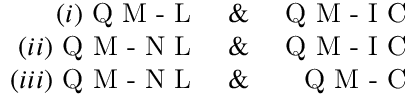
\begin{array} { r l r } { ( i ) \textrm { Q M - L } } & { { } \& } & { \textrm { Q M - I C } } \\ { ( i i ) \textrm { Q M - N L } } & { { } \& } & { \textrm { Q M - I C } } \\ { ( i i i ) \textrm { Q M - N L } } & { { } \& } & { \textrm { Q M - C } } \end{array}